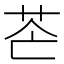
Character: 𦭆